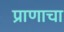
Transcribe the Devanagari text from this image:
प्राणाचा